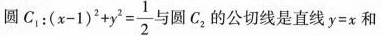
圆C_{1}:$$( x - 1 ) ^ { 2 } + y ^ { 2 }= \frac { 1 } { 2 }$$与圆C_{2}的公切线是直线$$y = x$$和